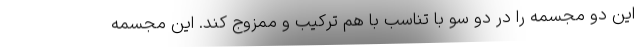
این دو مجسمه را در دو سو با تناسب با هم ترکیب و ممزوج کند. این مجسمه